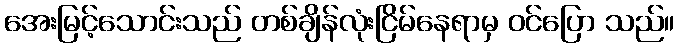
အေးမြင့်သောင်းသည် တစ်ချိန်လုံးငြိမ်နေရာမှ ဝင်ပြော သည်။